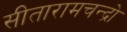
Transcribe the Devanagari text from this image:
सीतारामचन्द्रो